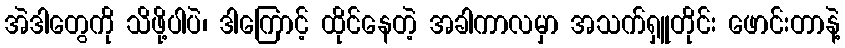
အဲဒါတွေကို သိဖို့ပါပဲ၊ ဒါကြောင့် ထိုင်နေတဲ့ အခါကာလမှာ အသက်ရှူတိုင်း ဖောင်းတာနဲ့